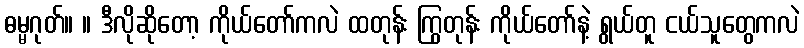
ဓမ္မဂုတ်။ ။ ဒီလိုဆိုတော့ ကိုယ်တော်ကလဲ ထတုန်း ကြွတုန်း ကိုယ်တော်နဲ့ ရွယ်တူ ငယ်သူတွေကလဲ